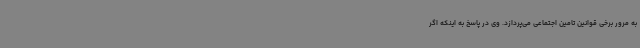
به مرور برخی قوانین تامین اجتماعی می‌پردازد. وی در پاسخ به اینکه اگر